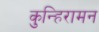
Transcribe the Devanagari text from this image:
कुन्हिरामन